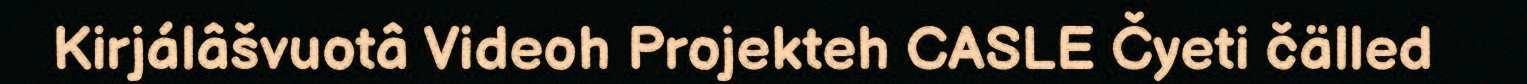
Kirjálâšvuotâ Videoh Projekteh CASLE Čyeti čälled